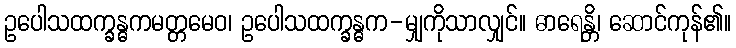
ဥပေါသထက္ခန္ဓကမတ္တမေဝ၊ ဥပေါသထက္ခန္ဓက-မျှကိုသာလျှင်။ ဓာရေန္တိ၊ ဆောင်ကုန်၏။